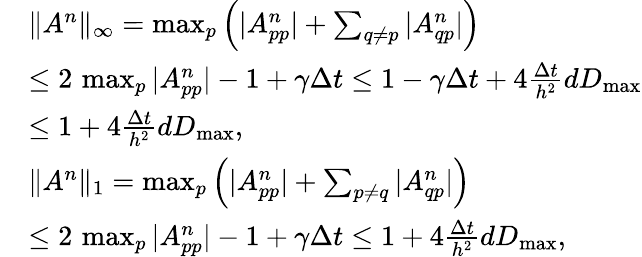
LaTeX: \begin{array}{rl}&{\| A^{n}\| _{\infty}=\operatorname*{max}_{p}\left(|A_{pp}^{n}|+\sum_{q\neq p}|A_{qp}^{n}|\right)}\\ &{\leq 2\, \operatorname*{max}_{p}|A_{pp}^{n}|-1+\gamma\Delta t\leq 1-\gamma\Delta t+4\frac{\Delta t}{h^{2}}dD_{\operatorname*{max}}}\\ &{\leq 1+4\frac{\Delta t}{h^{2}}dD_{\operatorname*{max}},}\\ &{\| A^{n}\| _{1}=\operatorname*{max}_{p}\left(|A_{pp}^{n}|+\sum_{p\neq q}|A_{qp}^{n}|\right)}\\ &{\leq 2\, \operatorname*{max}_{p}|A_{pp}^{n}|-1+\gamma\Delta t\leq 1+4\frac{\Delta t}{h^{2}}dD_{\operatorname*{max}},}\end{array}